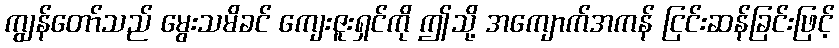
ကျွန်တော်သည် မွေးသမိခင် ကျေးဇူးရှင်ကို ဤသို့ အကျောက်အကန် ငြင်းဆန်ခြင်းဖြင့်